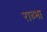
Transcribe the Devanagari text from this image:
राब्भा